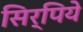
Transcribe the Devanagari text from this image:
सिर्पिये